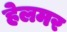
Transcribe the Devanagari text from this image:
हेलमर